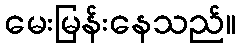
မေးမြန်းနေသည်။